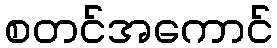
စတင်အကောင်